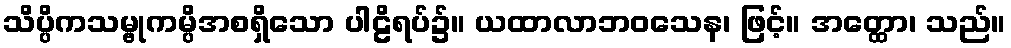
သိပ္ပိကသမ္ဗုကမ္ပိအစရှိသော ပါဠိရပ်၌။ ယထာလာဘဝသေန၊ ဖြင့်။ အတ္ထော၊ သည်။